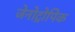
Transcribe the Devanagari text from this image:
जेनोट्रोपिक